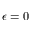
\epsilon = 0